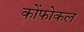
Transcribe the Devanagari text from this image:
कोंफोकल